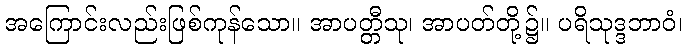
အကြောင်းလည်းဖြစ်ကုန်သော။ အာပတ္တီသု၊ အာပတ်တို့၌။ ပရိသုဒ္ဒဘာဝံ၊